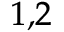
^ { 1 , 2 }